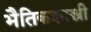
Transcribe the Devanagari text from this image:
भैतिकशास्त्री